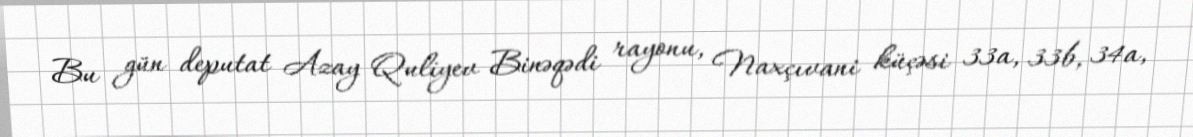
Bu gün deputat Azay Quliyev Binəqədi rayonu, Naxçıvani küçəsi 33a, 33b, 34a,